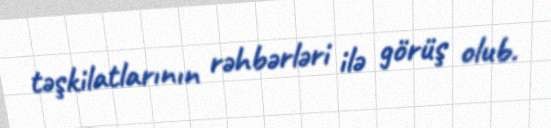
təşkilatlarının rəhbərləri ilə görüş olub.